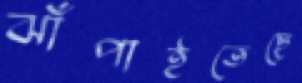
ঝাঁপাইতেছে